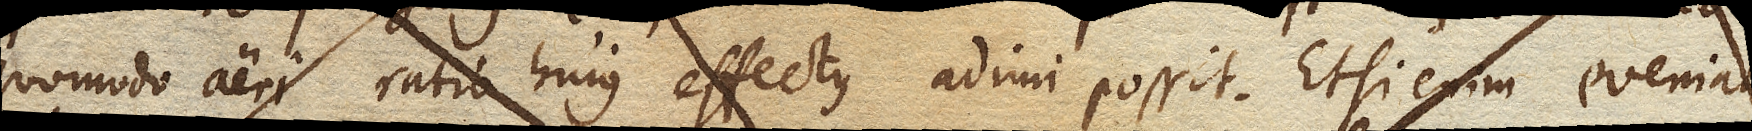
quomodo aeri ratio hujus effectus adimi possit. Etsi enim eveniat